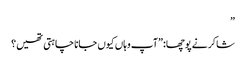
”
شاکر نے پوچھا:”آپ وہاں کیوں جانا چاہتی تھیں؟